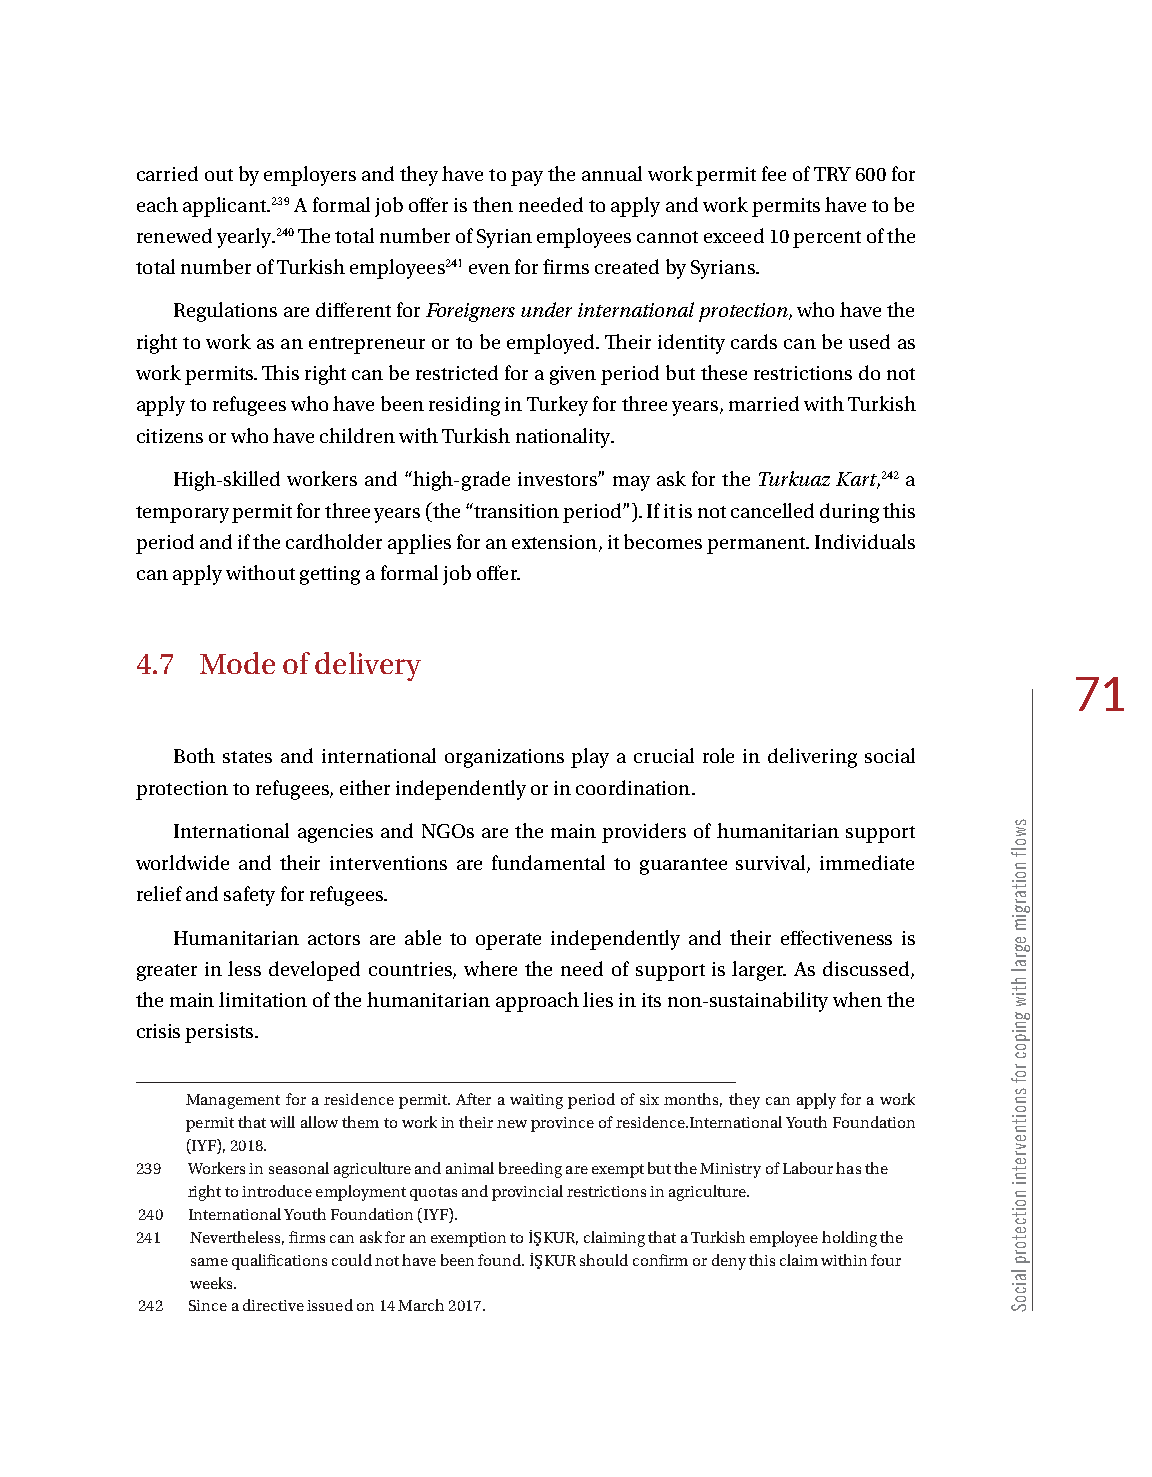
carried out by employers and they have to pay the annual work permit fee of TRY 600 for
 each applicant.239 A formal job offer is then needed to apply and work permits have to be
 renewed yearly.240 The total number of Syrian employees cannot exceed 10 percent of the
 total number of Turkish employees241 even for firms created by Syrians.
 Regulations are different for Foreigners under international protection, who have the
 right to work as an entrepreneur or to be employed. Their identity cards can be used as
 work permits. This right can be restricted for a given period but these restrictions do not
 apply to refugees who have been residing in Turkey for three years, married with Turkish
 citizens or who have children with Turkish nationality.
 High-skilled workers and “high-grade investors” may ask for the Turkuaz Kart,242 a
 temporary permit for three years (the “transition period”). If it is not cancelled during this
 period and if the cardholder applies for an extension, it becomes permanent. Individuals
 can apply without getting a formal job offer.
 4.7 Mode  of delivery
 71
 Both states and international organizations play a crucial role in delivering social
 protection to refugees, either independently or in coordination.
 International agencies and NGOs are the main providers of humanitarian support
 worldwide and their interventions are fundamental to guarantee survival, immediate
 relief and safety for refugees.
 Humanitarian actors are able to operate independently and their effectiveness is
 greater in less developed countries, where the need of support is larger. As discussed,
 the main limitation of the humanitarian approach lies in its non-sustainability when the
 crisis persists.
 Management for a residence permit. After a waiting period of six months, they can apply for a work
 permit that will allow them to work in their new province of residence.International Youth Foundation
 (IYF), 2018.
 239 Workers in seasonal agriculture and animal breeding are exempt but the Ministry of Labour has the
 right to introduce employment quotas and provincial restrictions in agriculture.
 240 International Youth Foundation (IYF).
 241 Nevertheless, firms can ask for an exemption to İŞKUR, claiming that a Turkish employee holding the
 same qualifications could not have been found. İŞKUR should confirm or deny this claim within four
 weeks.
 242 Since a directive issued on 14 March 2017.
 swolf
 noitargim
 egral
 htiw
 gnipoc
 rof
 snoitnevretni
 noitcetorp
 laicoS